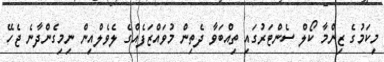
މިކަމުގެ ޒިންމާ ކޯލް ސެންޓަރުގައި ތިއްބަވާ ދެތިން މުވައްޒަފެއްގެ ލެވެލްއިން ނިމިގެންދާނެ ޖެހޭ